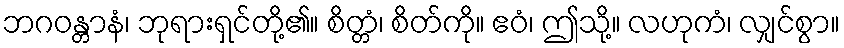
ဘဂဝန္တာနံ၊ ဘုရားရှင်တို့၏။ စိတ္တံ၊ စိတ်ကို။ ဧဝံ၊ ဤသို့။ လဟုကံ၊ လျှင်စွာ။